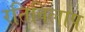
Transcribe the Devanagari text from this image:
रतिविलाप